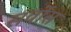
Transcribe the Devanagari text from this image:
सर्वोस